General report no. 6 on the lunatic asylums, vaccination and dispensaries in the Bengal Presidency, 1873 -
Year: 1873
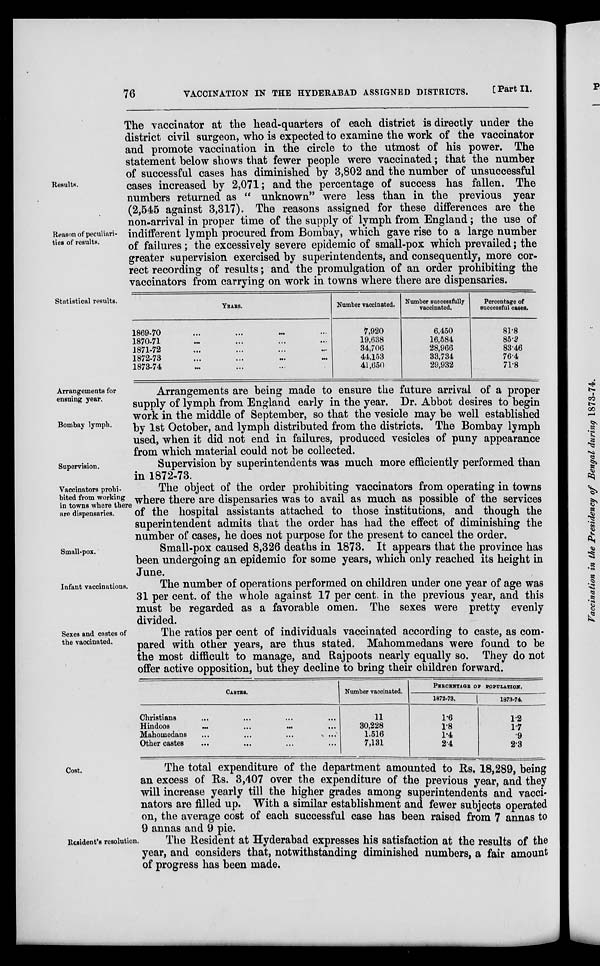
76
VACCINATION IN THE HYDERABAD ASSIGNED DISTRICTS.
[Part II.
Results.
Reason of peculiari-
ties of results.
The vaccinator at the head-quarters of each district is directly under the
district civil surgeon, who is expected to examine the work of the vaccinator
and promote vaccination in the circle to the utmost of his power. The
statement below shows that fewer people were vaccinated; that the number
of successful cases has diminished by 3,802 and the number of unsuccessful
cases increased by 2,071; and the percentage of success has fallen. The
numbers returned as " unknown" were less than in the previous year
(2,545 against 3,317). The reasons assigned for these differences are the
non-arrival in proper time of the supply of lymph from England; the use of
indifferent lymph procured from Bombay, which gave rise to a large number
of failures ; the excessively severe epidemic of small-pox which prevailed; the
greater supervision exercised by superintendents, and consequently, more cor-
rect recording of results; and the promulgation of an order prohibiting the
vaccinators from carrying on work in towns where there are dispensaries.
Statistical results.
YEARS.
1869-70 .... ... ... ...
1870-71 .... ... ... ...
1871-72 .... ... ... ...
1872-73 .... ... ... ...
1873-74 .... ... ... ...
Number vaccinated.
7,920
19,638
34,706
44,153
41,650
Number successfully
vaccinated.
6,450
16,584
28,966
33,734
29,932
Percentage of
successful cases.
81.8
85.2
83.46
76.4
71.8
Arrangements for
ensuing year.
Bombay lymph.
Arrangements are being made to ensure the future arrival of a proper
supply of lymph from England early in the year. Dr. Abbot desires to begin
work in the middle of September, so that the vesicle may be well established
by 1st October, and lymph distributed from the districts. The Bombay lymph
used, when it did not end in failures, produced vesicles of puny appearance
from which material could not be collected.
Supervision.
Supervision by superintendents was much more efficiently performed than
in 1872-73.
Vaccinators prohi-
bited from working
in towns where there
are dispensaries.
The object of the order prohibiting vaccinators from operating in towns
where there are dispensaries was to avail as much as possible of the services
of the hospital assistants attached to those institutions, and though the
superintendent admits that the order has had the effect of diminishing the
number of cases, he does not purpose for the present to cancel the order.
Small-pox.
Small-pox caused 8,326 deaths in 1873. It appears that the province has
been undergoing an epidemic for some years, which only reached its height in
June.
Infant vaccinations.
The number of operations performed on children under one year of age was
31 per cent. of the whole against 17 per cent. in the previous year, and this
must be regarded as a favorable omen. The sexes were pretty evenly
divided.
Sexes and castes of
the vaccinated.
The ratios per cent of individuals vaccinated according to caste, as com-
pared with other years, are thus stated. Mahommedans were found to be
the most difficult to manage, and Rajpoots nearly equally so. They do not
offer active opposition, but they decline to bring their children forward.
CASTES.
Christians ... ... ... ...
Hindoos
...
...
...
...
Mahomedans ... ... ... ...
Other castes ... ... ... ...
Number vaccinated.
11
30,228
1,516
7,131
PERCENTAGE OF POPULATION.
1872-73.
1.6
1.8
1.4
2.4
1873-74.
1.2
1.7
.9
2.3
Cost.
The total expenditure of the department amounted to Rs. 18,289, being
an excess of Rs. 3,407 over the expenditure of the previous year, and they
will increase yearly till the higher grades among superintendents and vacci-
nators are filled up. With a similar establishment and fewer subjects operated
on, the average cost of each successful case has been raised from 7 annas to
9 annas and 9 pie.
Resident's resolution.
The Resident at Hyderabad expresses his satisfaction at the results of the
year, and considers that, notwithstanding diminished numbers, a fair amount
of progress has been made.